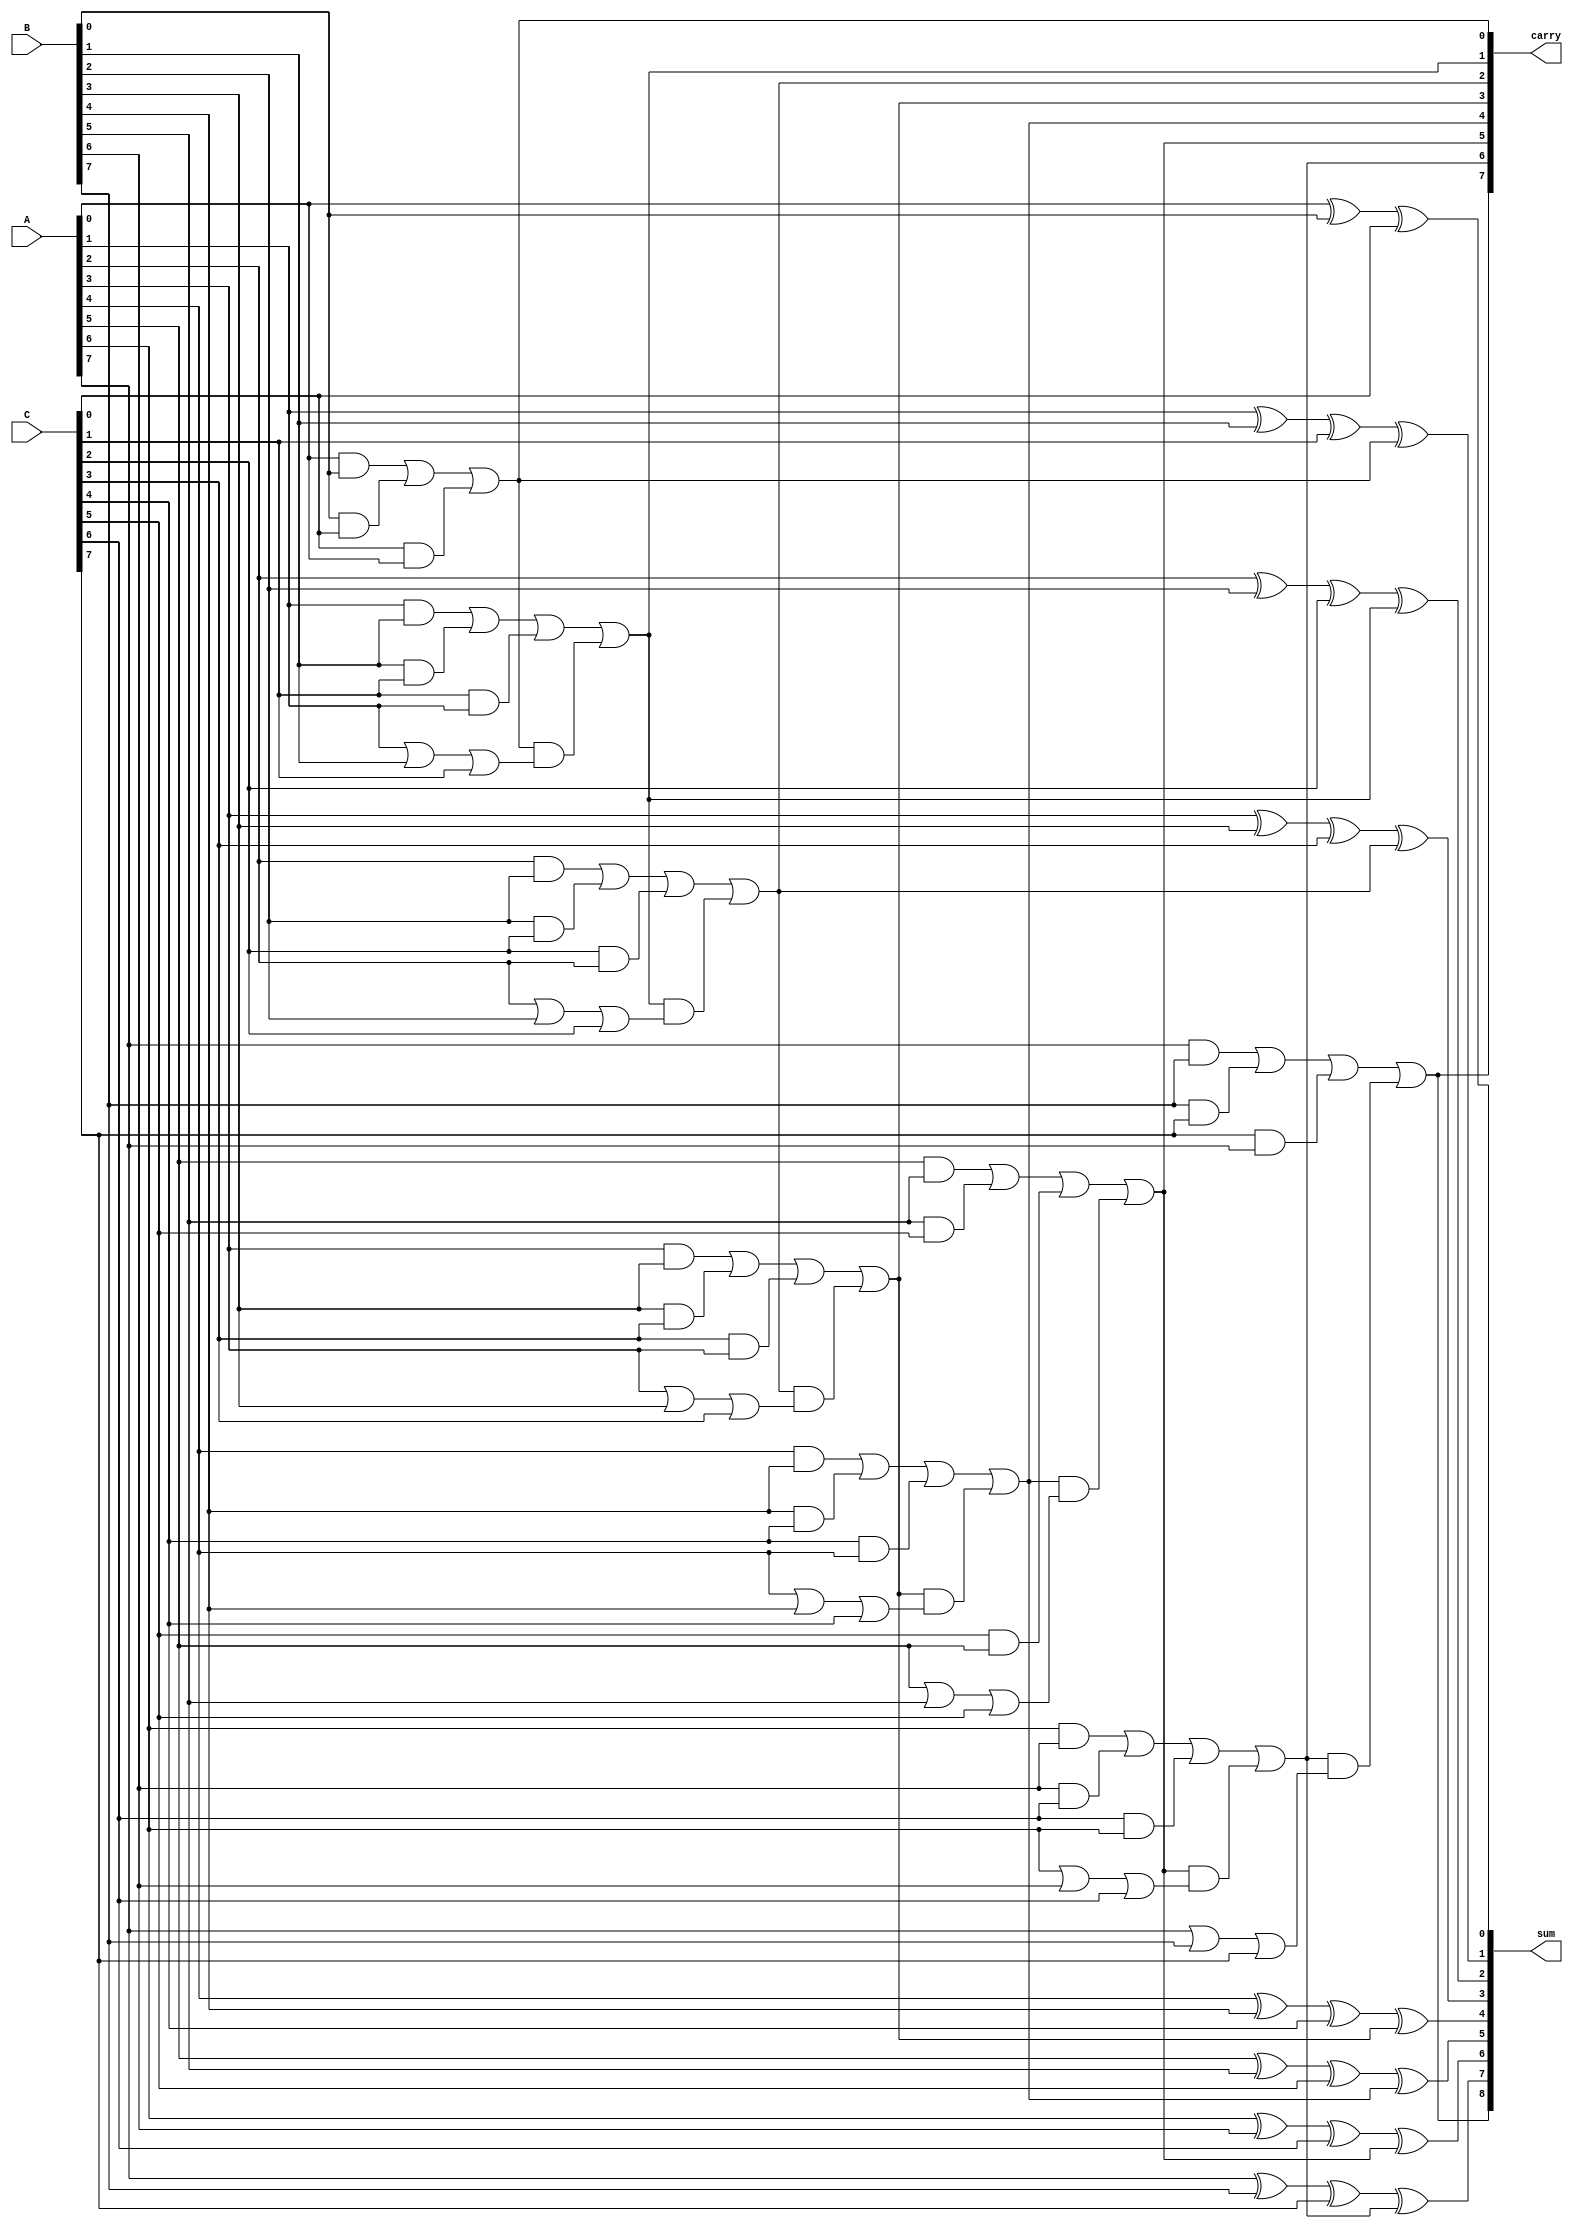
module carry_save_adder #(parameter N = 8) (
    input [N-1:0] A,
    input [N-1:0] B,
    input [N-1:0] C,
    output [N:0] sum,    // The final sum output (N+1 bits to accommodate carry)
    output [N-1:0] carry  // The carry output (N bits)
);

    wire [N-1:0] S;  // Partial sums
    wire [N-1:0] C_next; // Carries from each bit addition

    // Generate partial sums and carries for each bit
    genvar i;
    generate
        for (i = 0; i < N; i = i + 1) begin : fadder
            if (i == 0) begin
                // First stage: three inputs without a previous carry
                assign S[i] = A[i] ^ B[i] ^ C[i];
                assign C_next[i] = (A[i] & B[i]) | (B[i] & C[i]) | (C[i] & A[i]);
            end else begin
                // Subsequent stages: include the carry from the previous stage
                assign S[i] = A[i] ^ B[i] ^ C[i] ^ C_next[i-1];
                assign C_next[i] = (A[i] & B[i]) | (B[i] & C[i]) | (C[i] & A[i]) | 
                                   (C_next[i-1] & (A[i] | B[i] | C[i]));
            end
        end
    endgenerate

    // Final sum and carry output
    assign sum = {C_next[N-1], S}; // Final sum includes the last carry
    assign carry = C_next; // Final carry output

endmodule